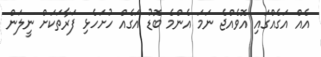
އެއް އަގެއްގައި އޮވެއްޖެ ނަމަ އެންމެ ބޮޑު އަގެއް ހުށަހެޅި ފަރާތަކަށް ނީލަން